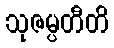
သုဇမ္ပတီတိ